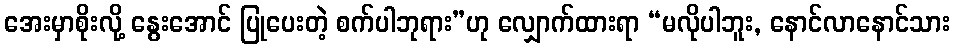
အေးမှာစိုးလို့ နွေးအောင် ပြုပေးတဲ့ စက်ပါဘုရား”ဟု လျှောက်ထားရာ “မလိုပါဘူး, နောင်လာနောင်သား